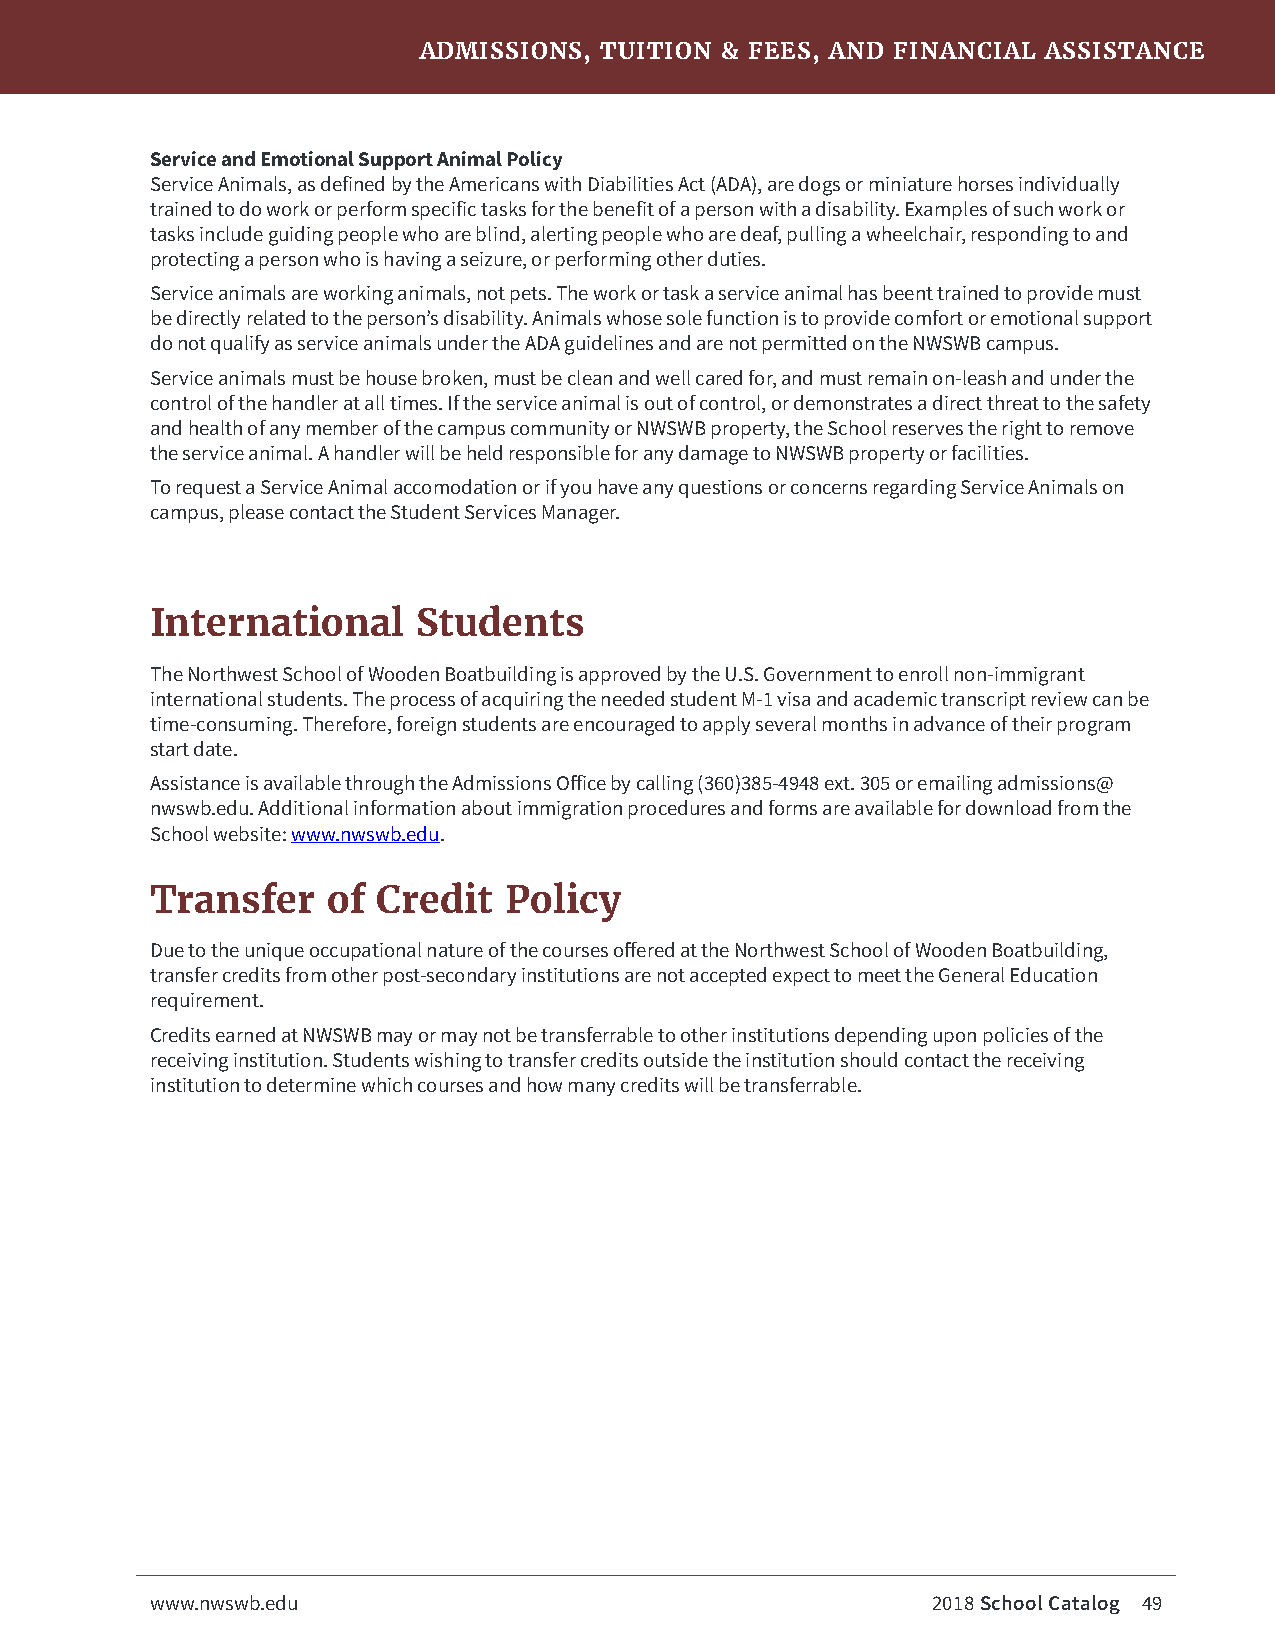
ADMISSIONS, TUITION & FEES, AND FINANCIAL ASSISTANCE
 Service and Emotional Support Animal Policy
 Service Animals, as defined by the Americans with Diabilities Act (ADA), are dogs or miniature horses individually
 trained to do work or perform specific tasks for the benefit of a person with a disability. Examples of such work or
 tasks include guiding people who are blind, alerting people who are deaf, pulling a wheelchair, responding to and
 protecting a person who is having a seizure, or performing other duties.
 Service animals are working animals, not pets. The work or task a service animal has beent trained to provide must
 be directly related to the person’s disability. Animals whose sole function is to provide comfort or emotional support
 do not qualify as service animals under the ADA guidelines and are not permitted on the NWSWB campus.
 Service animals must be house broken, must be clean and well cared for, and must remain on-leash and under the
 control of the handler at all times. If the service animal is out of control, or demonstrates a direct threat to the safety
 and health of any member of the campus community or NWSWB property, the School reserves the right to remove
 the service animal. A handler will be held responsible for any damage to NWSWB property or facilities.
 To request a Service Animal accomodation or if you have any questions or concerns regarding Service Animals on
 campus, please contact the Student Services Manager.
 International     Students
 The Northwest School of Wooden Boatbuilding is approved by the U.S. Government to enroll non-immigrant
 international students. The process of acquiring the needed student M-1 visa and academic transcript review can be
 time-consuming. Therefore, foreign students are encouraged to apply several months in advance of their program
 start date.
 Assistance is available through the Admissions Office by calling (360)385-4948 ext. 305 or emailing admissions@
 nwswb.edu. Additional information about immigration procedures and forms are available for download from the
 School website: www.nwswb.edu.
 Transfer    of Credit  Policy
 Due to the unique occupational nature of the courses offered at the Northwest School of Wooden Boatbuilding,
 transfer credits from other post-secondary institutions are not accepted expect to meet the General Education
 requirement.
 Credits earned at NWSWB may or may not be transferrable to other institutions depending upon policies of the
 receiving institution. Students wishing to transfer credits outside the institution should contact the receiving
 institution to determine which courses and how many credits will be transferrable.
 www.nwswb.edu                                       2018 School Catalog 49